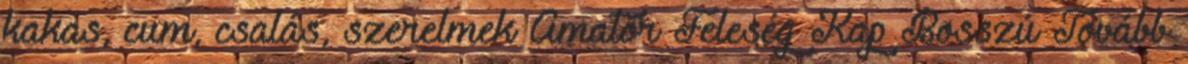
kakas, cum, csalás, szerelmek Amatőr Feleség Kap Bosszú Tovább